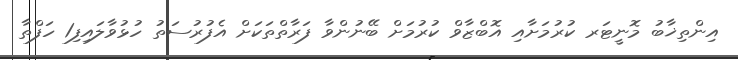
އިންތިޚާބު މޮނީޓަރ ކުރުމަށާއި އޮބްޒާވް ކުރުމަށް ބޭނުންވާ ފަރާތްތަކަށް އެފުރުސަތު ހުޅުވާލައިފި1 ހަފްތާ